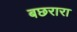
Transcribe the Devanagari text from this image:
बछरारा